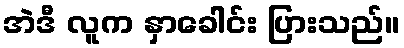
အဲဒီ လူက နှာခေါင်း ပြားသည်။